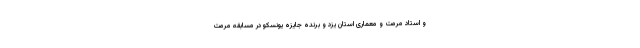
و استاد مرمت و معماری استان یزد و برنده جایزه یونسکو در مسابقه مرمت